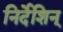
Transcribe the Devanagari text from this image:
निर्देशिन्